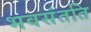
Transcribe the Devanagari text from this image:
भवसंतति